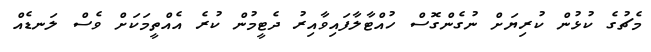
މެޗުގެ ކުޅުން ކުރިޔަށް ނުގެންގޮސް ހުއްޓާލާފައިވާއިރު ދެޓީމުން ކުރެެ އެއްތީމަކަށް ވެސް ލަނޑެއް